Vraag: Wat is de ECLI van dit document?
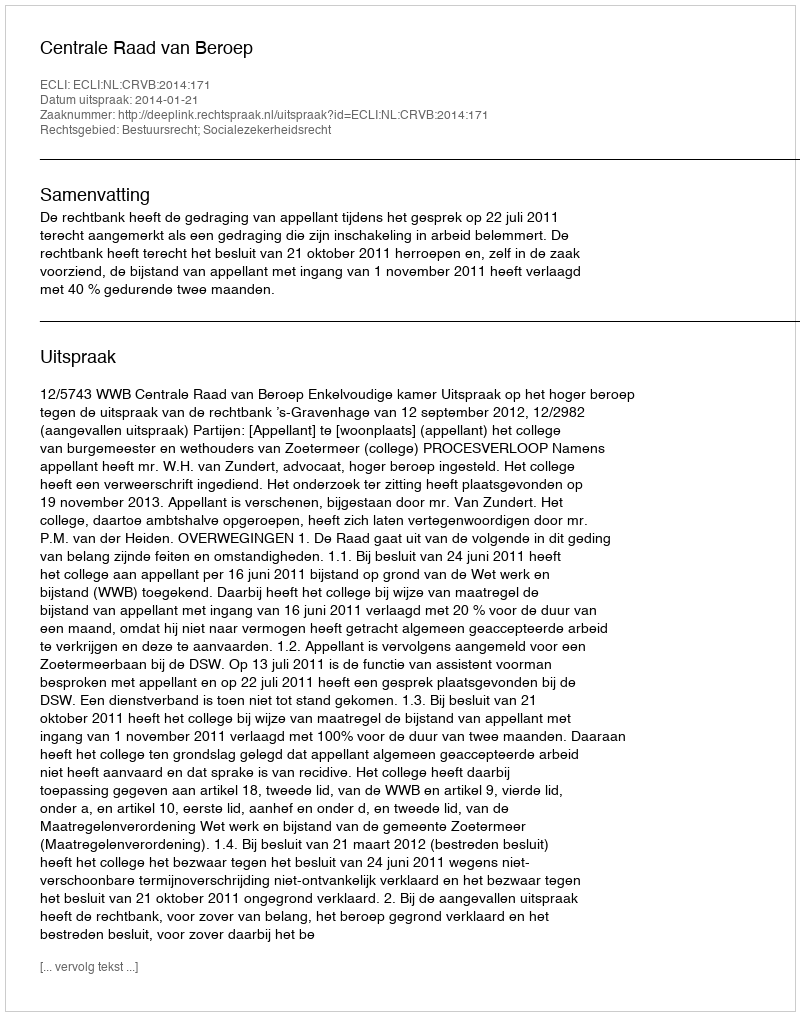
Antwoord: ECLI:NL:CRVB:2014:171